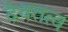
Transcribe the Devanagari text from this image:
देवतत्व